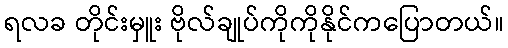
ရလခ တိုင်းမှူး ဗိုလ်ချုပ်ကိုကိုနိုင်ကပြောတယ်။